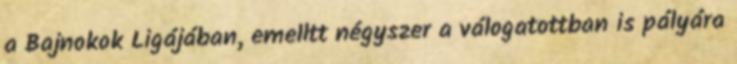
a Bajnokok Ligájában, emelltt négyszer a válogatottban is pályára